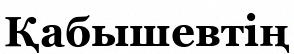
Қабышевтің